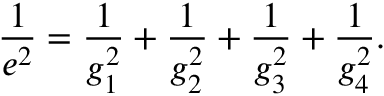
\frac { 1 } { e ^ { 2 } } = \frac { 1 } { g _ { 1 } ^ { 2 } } + \frac { 1 } { g _ { 2 } ^ { 2 } } + \frac { 1 } { g _ { 3 } ^ { 2 } } + \frac { 1 } { g _ { 4 } ^ { 2 } } .